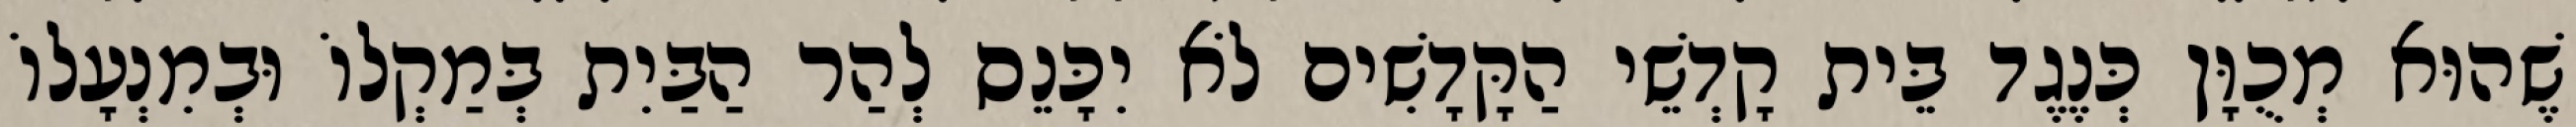
שֶׁהוּא מְכֻוָּן כְּנֶגֶד בֵּית קָדְשֵׁי הַקָּדָשִׁים לֹא יִכָּנֵס לְהַר הַבַּיִת בְּמַקְלוֹ וּבְמִנְעָלוֹ